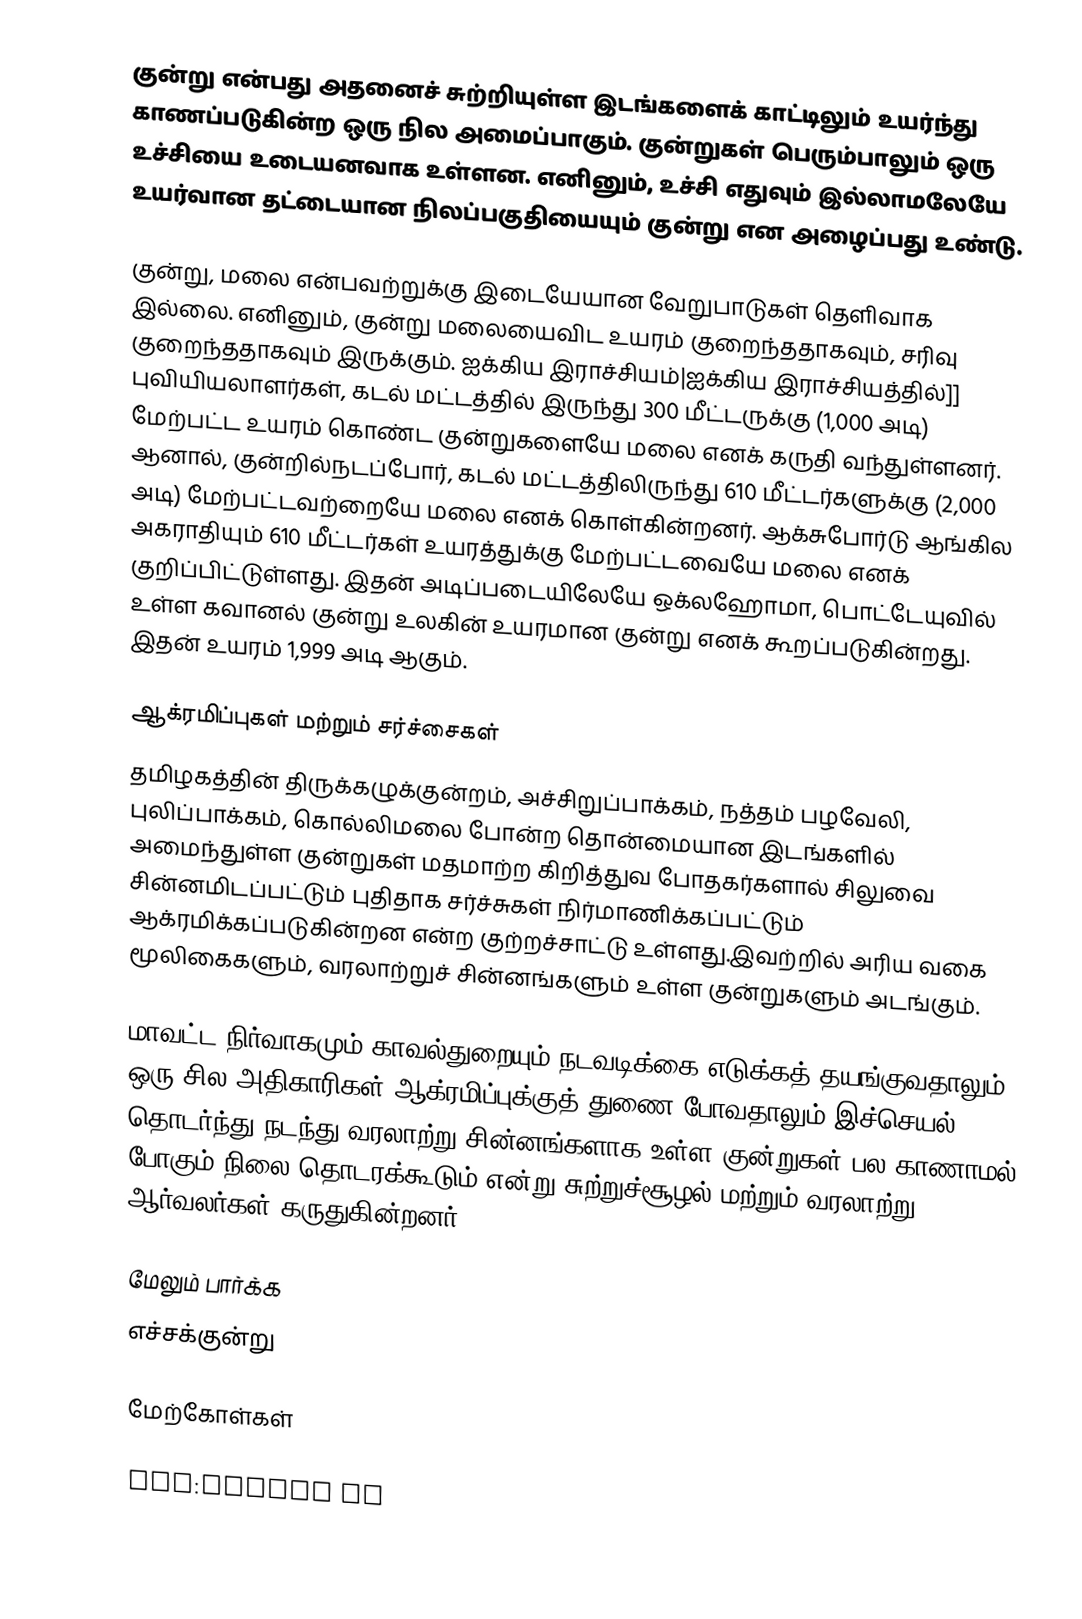
குன்று என்பது அதனைச் சுற்றியுள்ள இடங்களைக் காட்டிலும் உயர்ந்து காணப்படுகின்ற ஒரு நில அமைப்பாகும். குன்றுகள் பெரும்பாலும் ஒரு உச்சியை உடையனவாக உள்ளன. எனினும், உச்சி எதுவும் இல்லாமலேயே உயர்வான தட்டையான நிலப்பகுதியையும் குன்று என அழைப்பது உண்டு.

குன்று, மலை என்பவற்றுக்கு இடையேயான வேறுபாடுகள் தெளிவாக இல்லை. எனினும், குன்று மலையைவிட உயரம் குறைந்ததாகவும், சரிவு குறைந்ததாகவும் இருக்கும். ஐக்கிய இராச்சியம்|ஐக்கிய இராச்சியத்தில்]] புவியியலாளர்கள், கடல் மட்டத்தில் இருந்து 300 மீட்டருக்கு (1,000 அடி) மேற்பட்ட உயரம் கொண்ட குன்றுகளையே மலை எனக் கருதி வந்துள்ளனர். ஆனால், குன்றில்நடப்போர், கடல் மட்டத்திலிருந்து 610 மீட்டர்களுக்கு (2,000 அடி) மேற்பட்டவற்றையே மலை எனக் கொள்கின்றனர். ஆக்சுபோர்டு ஆங்கில அகராதியும் 610 மீட்டர்கள் உயரத்துக்கு மேற்பட்டவையே மலை எனக் குறிப்பிட்டுள்ளது. இதன் அடிப்படையிலேயே ஒக்லஹோமா, பொட்டேயுவில் உள்ள கவானல் குன்று உலகின் உயரமான குன்று எனக் கூறப்படுகின்றது. இதன் உயரம் 1,999 அடி ஆகும்.

ஆக்ரமிப்புகள் மற்றும் சர்ச்சைகள்
தமிழகத்தின் திருக்கழுக்குன்றம், அச்சிறுப்பாக்கம், நத்தம் பழவேலி, புலிப்பாக்கம், கொல்லிமலை போன்ற தொன்மையான இடங்களில் அமைந்துள்ள குன்றுகள் மதமாற்ற கிறித்துவ போதகர்களால் சிலுவை சின்னமிடப்பட்டும் புதிதாக சர்ச்சுகள் நிர்மாணிக்கப்பட்டும் ஆக்ரமிக்கப்படுகின்றன என்ற குற்றச்சாட்டு உள்ளது.இவற்றில் அரிய வகை மூலிகைகளும், வரலாற்றுச் சின்னங்களும் உள்ள குன்றுகளும் அடங்கும்.

மாவட்ட நிர்வாகமும் காவல்துறையும் நடவடிக்கை எடுக்கத் தயங்குவதாலும் ஒரு சில அதிகாரிகள் ஆக்ரமிப்புக்குத் துணை போவதாலும் இச்செயல் தொடர்ந்து நடந்து வரலாற்று சின்னங்களாக உள்ள குன்றுகள் பல காணாமல் போகும் நிலை தொடரக்கூடும் என்று சுற்றுச்சூழல் மற்றும் வரலாற்று ஆர்வலர்கள் கருதுகின்றனர்.

மேலும் பார்க்க
 எச்சக்குன்று

மேற்கோள்கள்

nds:Kommun Ås